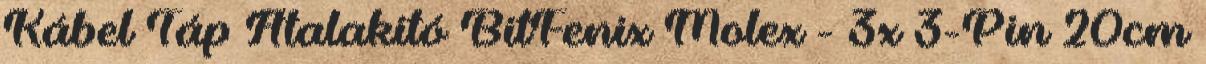
Kábel Táp Átalakító BitFenix Molex - 3x 3-Pin 20cm